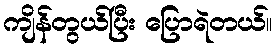
ကျိန်တွယ်ပြီး ပြောရဲတယ်။